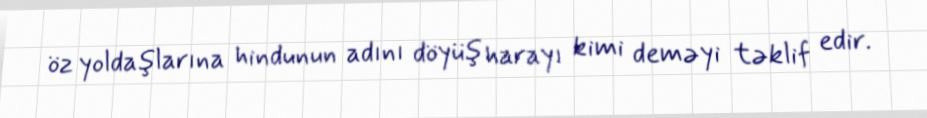
öz yoldaşlarına hindunun adını döyüş harayı kimi deməyi təklif edir.